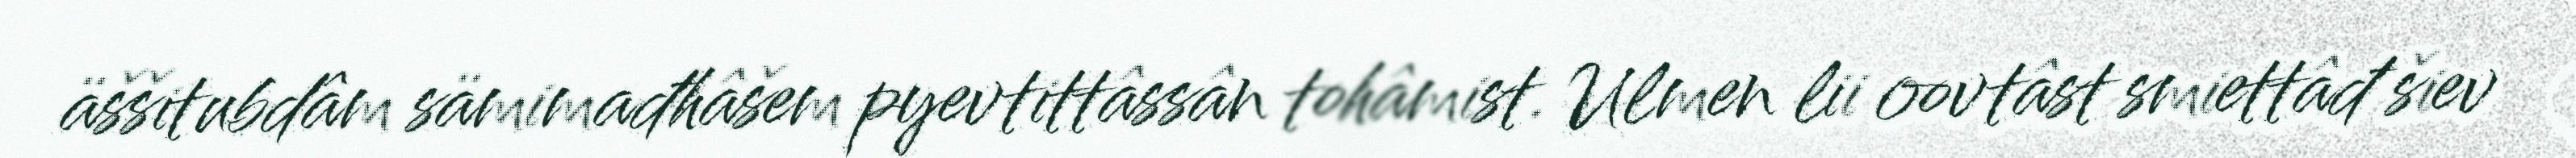
äššitubdâm sämimađhâšem pyevtittâssân tohâmist. Ulmen lii oovtâst smiettâđ šiev